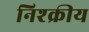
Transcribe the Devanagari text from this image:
निश्क्रीय